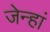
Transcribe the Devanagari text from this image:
जेन्हां